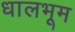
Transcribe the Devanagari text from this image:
धालभूम